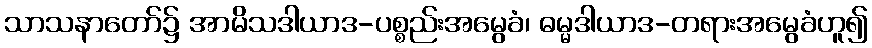
သာသနာတော်၌ အာမိသဒါယာဒ-ပစ္စည်းအမွေခံ၊ ဓမ္မဒါယာဒ-တရားအမွေခံဟူ၍